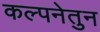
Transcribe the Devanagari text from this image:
कल्पनेतुन